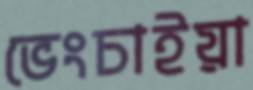
ভেংচাইয়া